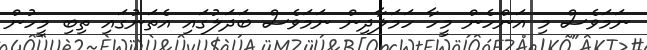
ނަމަވެސް މި އަންހެން މީހާ ހަމަލާދިން ނަމަވެސް ބަދަލުގައި އެތަނުގައި ތިބި މީހުން